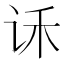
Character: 𰵝